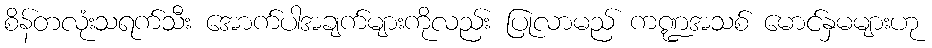
စိန်တလုံးသရက်သီး အောက်ပါအချက်များကိုလည်း ပြုလာမည် ကဏ္ဍအသစ် မောင်နှမများဟု